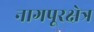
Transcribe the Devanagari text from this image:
नागपूरक्षेत्र